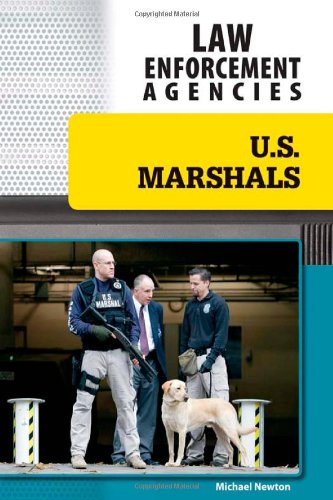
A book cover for U.S. Marshals (Law Enforcement Agencies); Michael Newton; Children's Books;